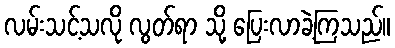
လမ်းသင့်သလို လွတ်ရာ သို့ ပြေးလာခဲ့ကြသည်။